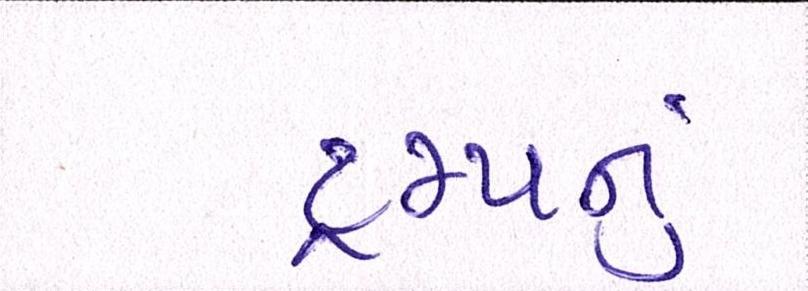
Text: ટ્રમ્પનું